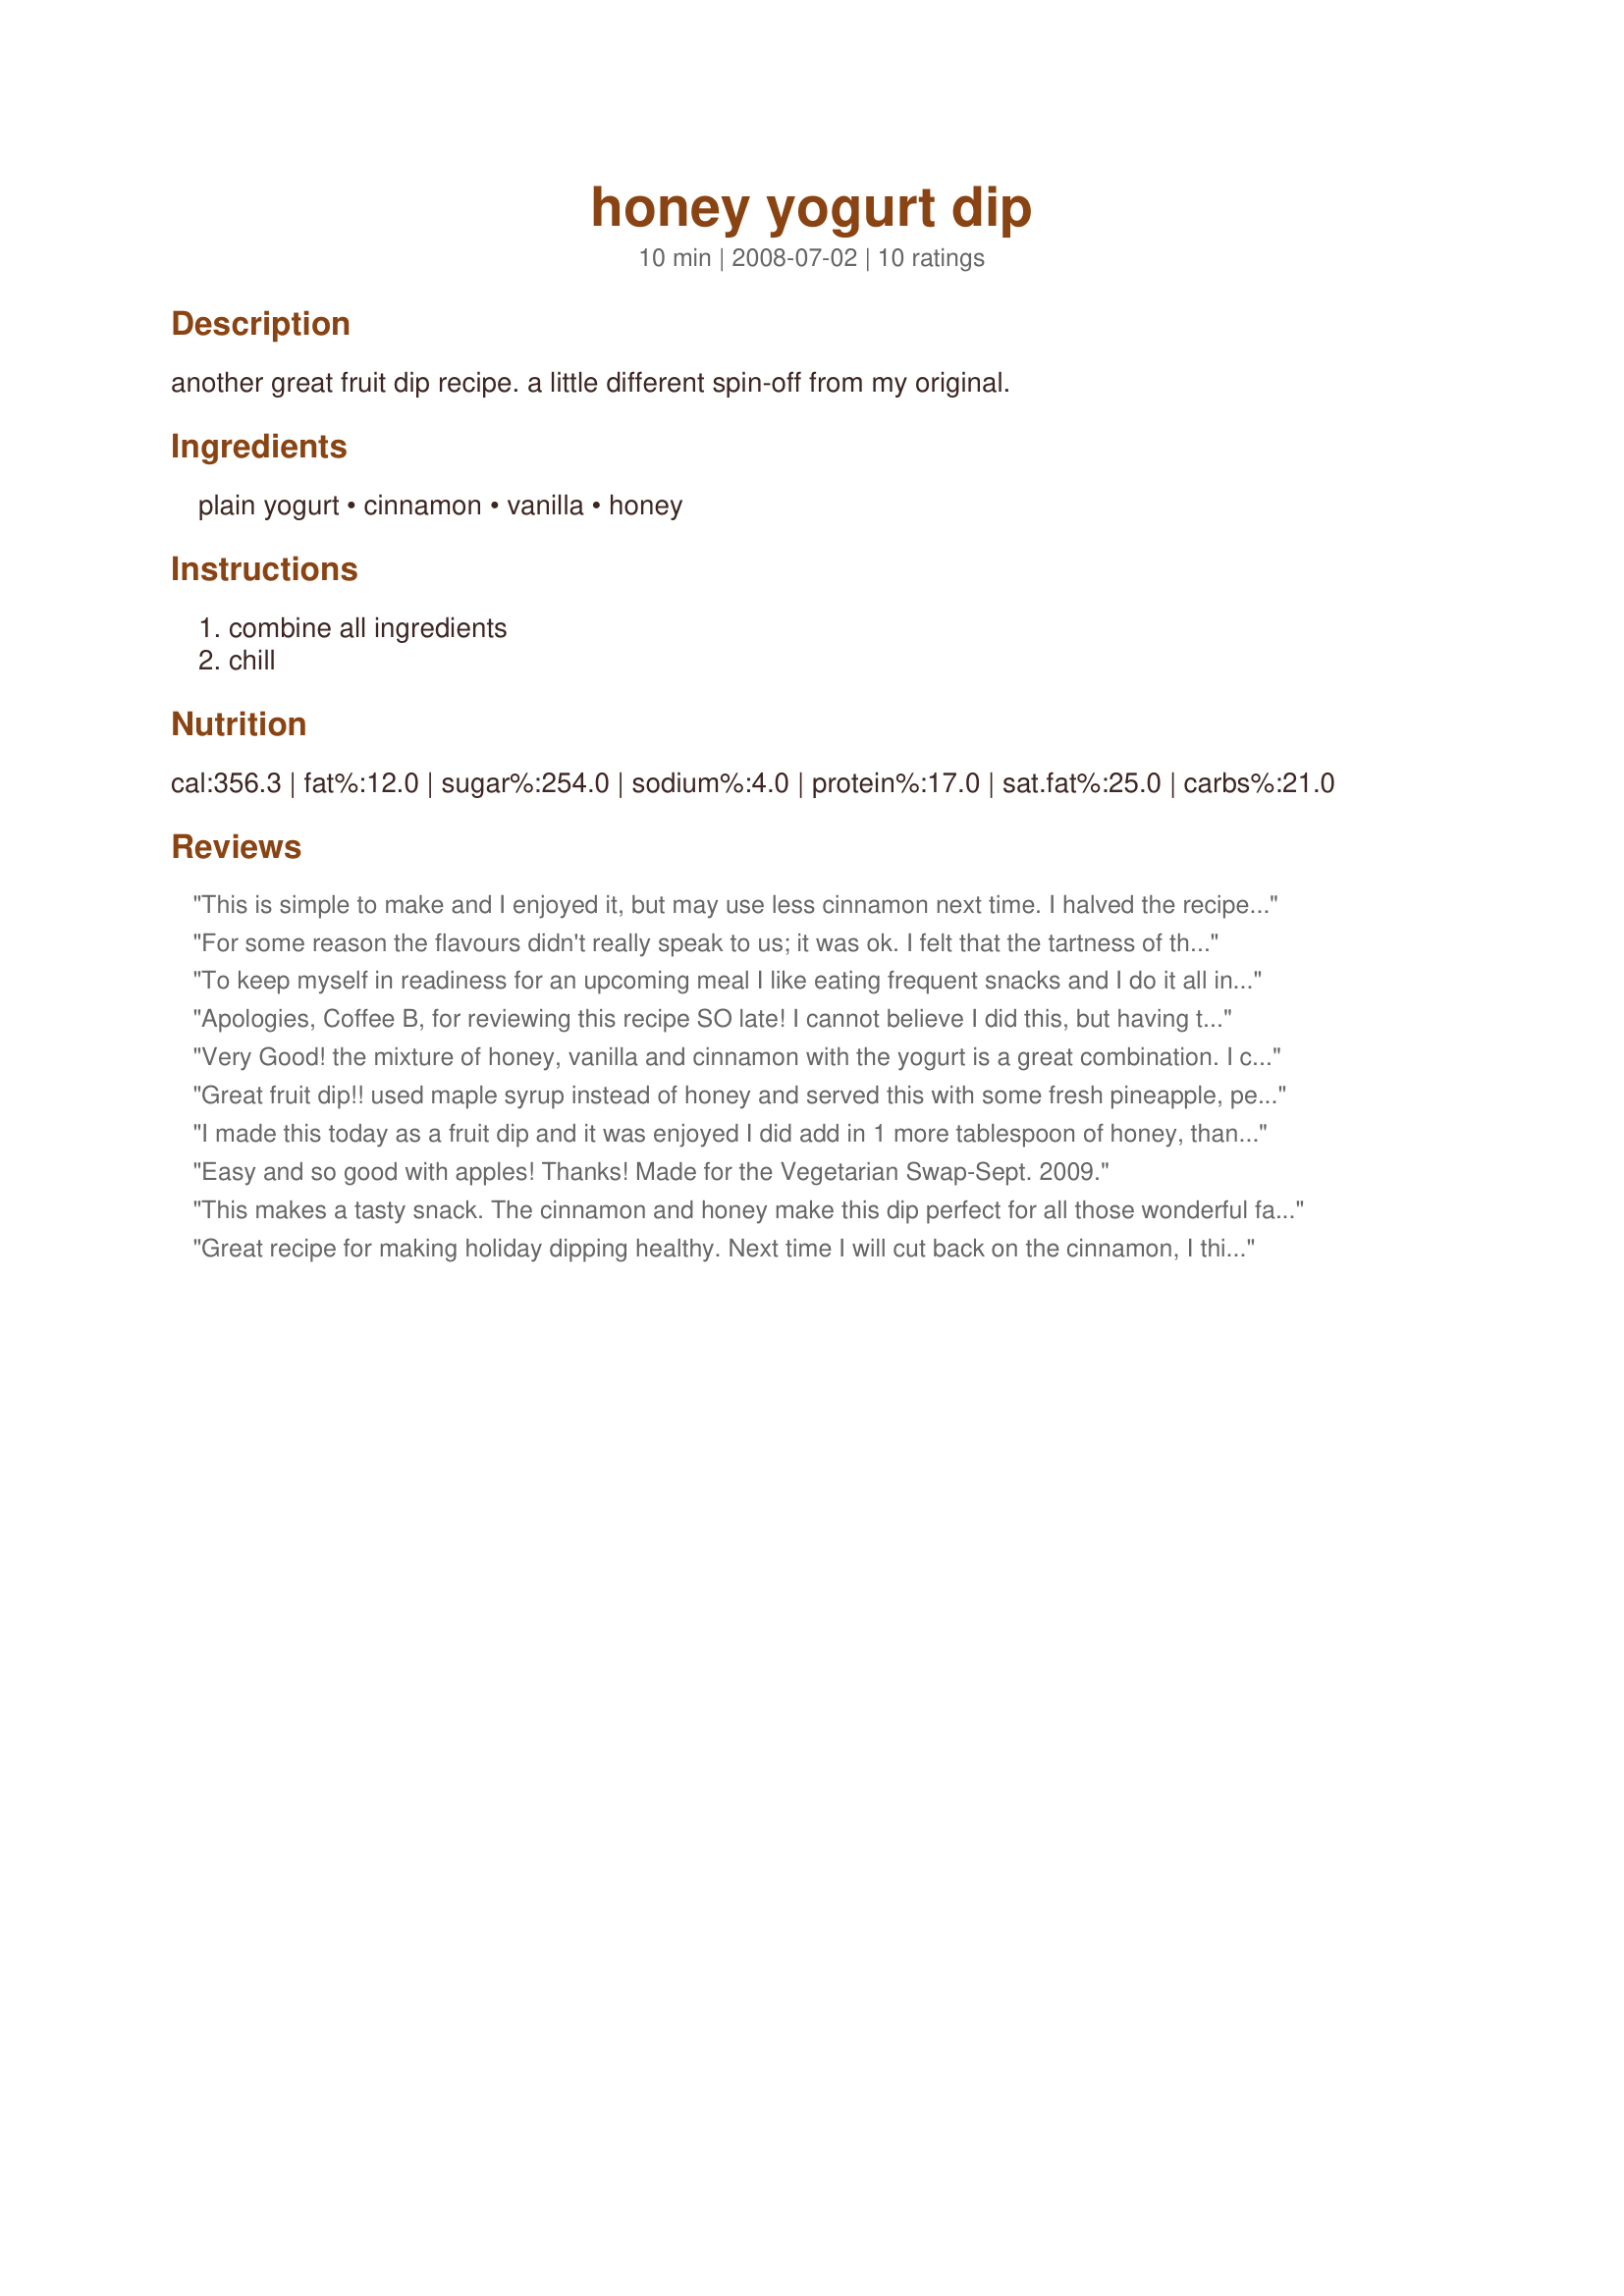
honey yogurt dip
Preparation time: 10 minutes

another great fruit dip recipe. a little different spin-off from my original.

Ingredients:
plain yogurt, cinnamon, vanilla, honey

Steps:
combine all ingredients, chill

Reviews:
This is simple to make and I enjoyed it, but may use less cinnamon next time. I halved the recipe, and used strawberries, blueberries and blackberries. I never had a fruit dip like this before, and I bet it's great with apples, which I'll try next! Thanks, CoffeeB, for sharing.
For some reason the flavours didn't really speak to us; it was ok. I felt that the tartness of the plain yogurt came thru and it did not really help to add more of the flavourings.
To keep myself in readiness for an upcoming meal I like eating frequent snacks and I do it all in the name of good health...or at least that's what I tell myself.;-) This particular snack is PLUPERFECT!!!
Apologies, Coffee B, for reviewing this recipe SO late! I cannot believe I did this, but having tagged this recipe for 1-2-3 Hit Wonders, I then actually made and reviewed another similar recipe of the same name, wondering why I had tagged it because the instructions were so incredibly complicated - though the end result after I had simplified them - was delicious. SO, now that I've finally made THIS recipe... I need to emphasise that it succeeds in being a WONDERFULLY SIMPLE recipe - very quick and easy to make - without any loss in sheer scrumptiousness. I used creamy Greek yoghurt - not as low in fat as other yoghurts I know but I LOVE it - but otherwise followed the recipe exactly. A great blend of flavours, Coffee B! We enjoyed this with fresh fruit. Thanks for sharing a super recipe!
Very Good! the mixture of honey, vanilla and cinnamon with the yogurt is a great combination. I combined this with fruit pieces for dipping. Please see my Rating System: 4 wonderful stars for a recipe that i will be making often. Thanks!
Great fruit dip!! used maple syrup instead of honey and served this with some fresh pineapple, pears and blueberries... :yummy:!! Thanks Coffeeb!
I made this today as a fruit dip and it was enjoyed I did add in 1 more tablespoon of honey, thanks for sharing CoffeeB
Easy and so good with apples! Thanks! Made for the Vegetarian Swap-Sept. 2009.
This makes a tasty snack. The cinnamon and honey make this dip perfect for all those wonderful fall apples. Thanks so much for the post.
Great recipe for making holiday dipping healthy. Next time I will cut back on the cinnamon, I think it overpowered the honey. Will certainly make again. Tagged in Everyday's a holiday.
